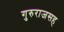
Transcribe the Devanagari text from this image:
गुरुराजसह